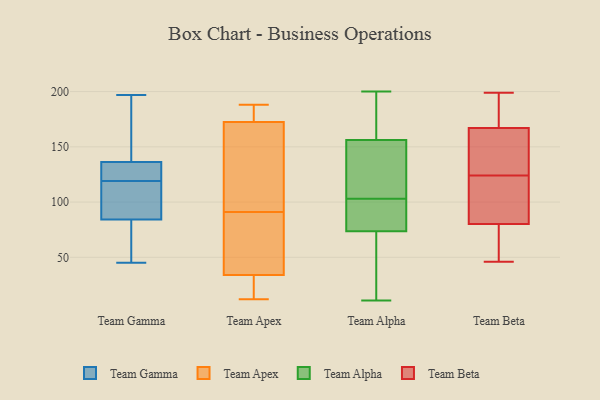
{"axis": {"x": "Tickets Resolved", "y": "Value"}, "legend": ["Team Alpha", "Team Apex", "Team Beta", "Team Gamma"], "data": [{"x": "", "y": 144, "type": "Team Gamma"}, {"x": "", "y": 140, "type": "Team Gamma"}, {"x": "", "y": 59, "type": "Team Gamma"}, {"x": "", "y": 197, "type": "Team Gamma"}, {"x": "", "y": 83, "type": "Team Gamma"}, {"x": "", "y": 125, "type": "Team Gamma"}, {"x": "", "y": 127, "type": "Team Gamma"}, {"x": "", "y": 134, "type": "Team Gamma"}, {"x": "", "y": 51, "type": "Team Gamma"}, {"x": "", "y": 101, "type": "Team Gamma"}, {"x": "", "y": 88, "type": "Team Gamma"}, {"x": "", "y": 108, "type": "Team Gamma"}, {"x": "", "y": 134, "type": "Team Gamma"}, {"x": "", "y": 119, "type": "Team Gamma"}, {"x": "", "y": 137, "type": "Team Gamma"}, {"x": "", "y": 45, "type": "Team Gamma"}, {"x": "", "y": 79, "type": "Team Gamma"}, {"x": "", "y": 115, "type": "Team Gamma"}, {"x": "", "y": 183, "type": "Team Gamma"}, {"x": "", "y": 85, "type": "Team Apex"}, {"x": "", "y": 180, "type": "Team Apex"}, {"x": "", "y": 75, "type": "Team Apex"}, {"x": "", "y": 174, "type": "Team Apex"}, {"x": "", "y": 20, "type": "Team Apex"}, {"x": "", "y": 137, "type": "Team Apex"}, {"x": "", "y": 147, "type": "Team Apex"}, {"x": "", "y": 33, "type": "Team Apex"}, {"x": "", "y": 12, "type": "Team Apex"}, {"x": "", "y": 171, "type": "Team Apex"}, {"x": "", "y": 136, "type": "Team Apex"}, {"x": "", "y": 187, "type": "Team Apex"}, {"x": "", "y": 174, "type": "Team Apex"}, {"x": "", "y": 97, "type": "Team Apex"}, {"x": "", "y": 35, "type": "Team Apex"}, {"x": "", "y": 26, "type": "Team Apex"}, {"x": "", "y": 68, "type": "Team Apex"}, {"x": "", "y": 18, "type": "Team Apex"}, {"x": "", "y": 188, "type": "Team Apex"}, {"x": "", "y": 55, "type": "Team Apex"}, {"x": "", "y": 45, "type": "Team Alpha"}, {"x": "", "y": 173, "type": "Team Alpha"}, {"x": "", "y": 158, "type": "Team Alpha"}, {"x": "", "y": 84, "type": "Team Alpha"}, {"x": "", "y": 100, "type": "Team Alpha"}, {"x": "", "y": 189, "type": "Team Alpha"}, {"x": "", "y": 86, "type": "Team Alpha"}, {"x": "", "y": 200, "type": "Team Alpha"}, {"x": "", "y": 11, "type": "Team Alpha"}, {"x": "", "y": 139, "type": "Team Alpha"}, {"x": "", "y": 128, "type": "Team Alpha"}, {"x": "", "y": 37, "type": "Team Alpha"}, {"x": "", "y": 70, "type": "Team Alpha"}, {"x": "", "y": 151, "type": "Team Alpha"}, {"x": "", "y": 13, "type": "Team Alpha"}, {"x": "", "y": 140, "type": "Team Alpha"}, {"x": "", "y": 102, "type": "Team Alpha"}, {"x": "", "y": 103, "type": "Team Alpha"}, {"x": "", "y": 164, "type": "Team Alpha"}, {"x": "", "y": 78, "type": "Team Beta"}, {"x": "", "y": 166, "type": "Team Beta"}, {"x": "", "y": 170, "type": "Team Beta"}, {"x": "", "y": 191, "type": "Team Beta"}, {"x": "", "y": 159, "type": "Team Beta"}, {"x": "", "y": 114, "type": "Team Beta"}, {"x": "", "y": 199, "type": "Team Beta"}, {"x": "", "y": 126, "type": "Team Beta"}, {"x": "", "y": 72, "type": "Team Beta"}, {"x": "", "y": 102, "type": "Team Beta"}, {"x": "", "y": 81, "type": "Team Beta"}, {"x": "", "y": 124, "type": "Team Beta"}, {"x": "", "y": 46, "type": "Team Beta"}]}